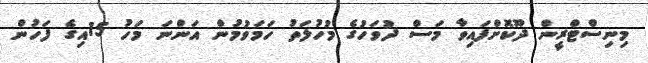
މިނިސްޓްރީން ދޫކޮށްފައިވާ މަސް ދުވަހުގެ މުހުލަތު ހަމަވުމުން އަންނަ މަހު 15އިގެ ފަހުން